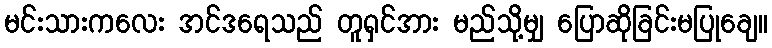
မင်းသားကလေး အင်ဒရေသည် တူရှင်အား မည်သို့မျှ ပြောဆိုခြင်းမပြုချေ။